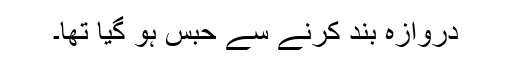
دروازہ بند کرنے سے حبس ہو گیا تھا۔